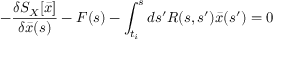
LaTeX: - { \frac { \delta S _ { X } [ \bar { x } ] } { \delta \bar { x } ( s ) } } - F ( s ) - \int _ { t _ { i } } ^ { s } d s ^ { \prime } R ( s , s ^ { \prime } ) \bar { x } ( s ^ { \prime } ) = 0